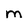
Character: m